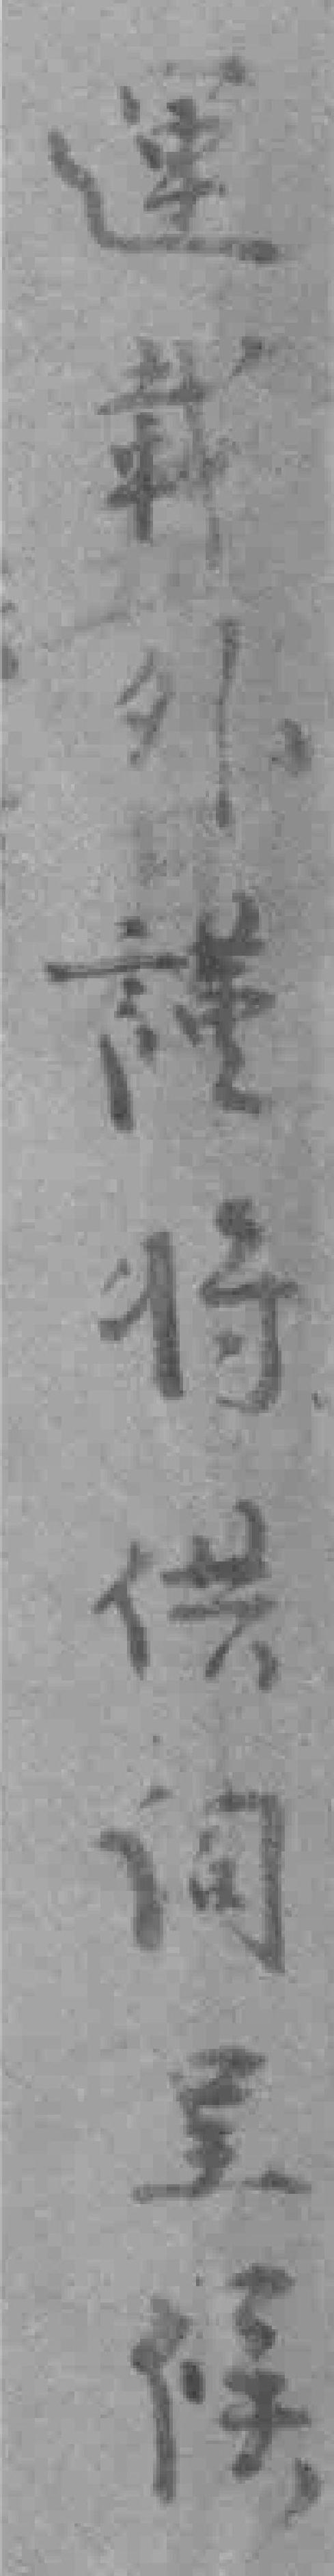
運載外謹將供词呈候